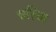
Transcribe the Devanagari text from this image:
चरिण